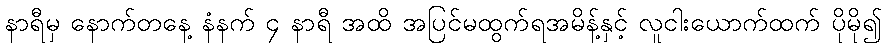
နာရီမှ နောက်တနေ့ နံနက် ၄ နာရီ အထိ အပြင်မထွက်ရအမိန့်နှင့် လူငါးယောက်ထက် ပိုမို၍